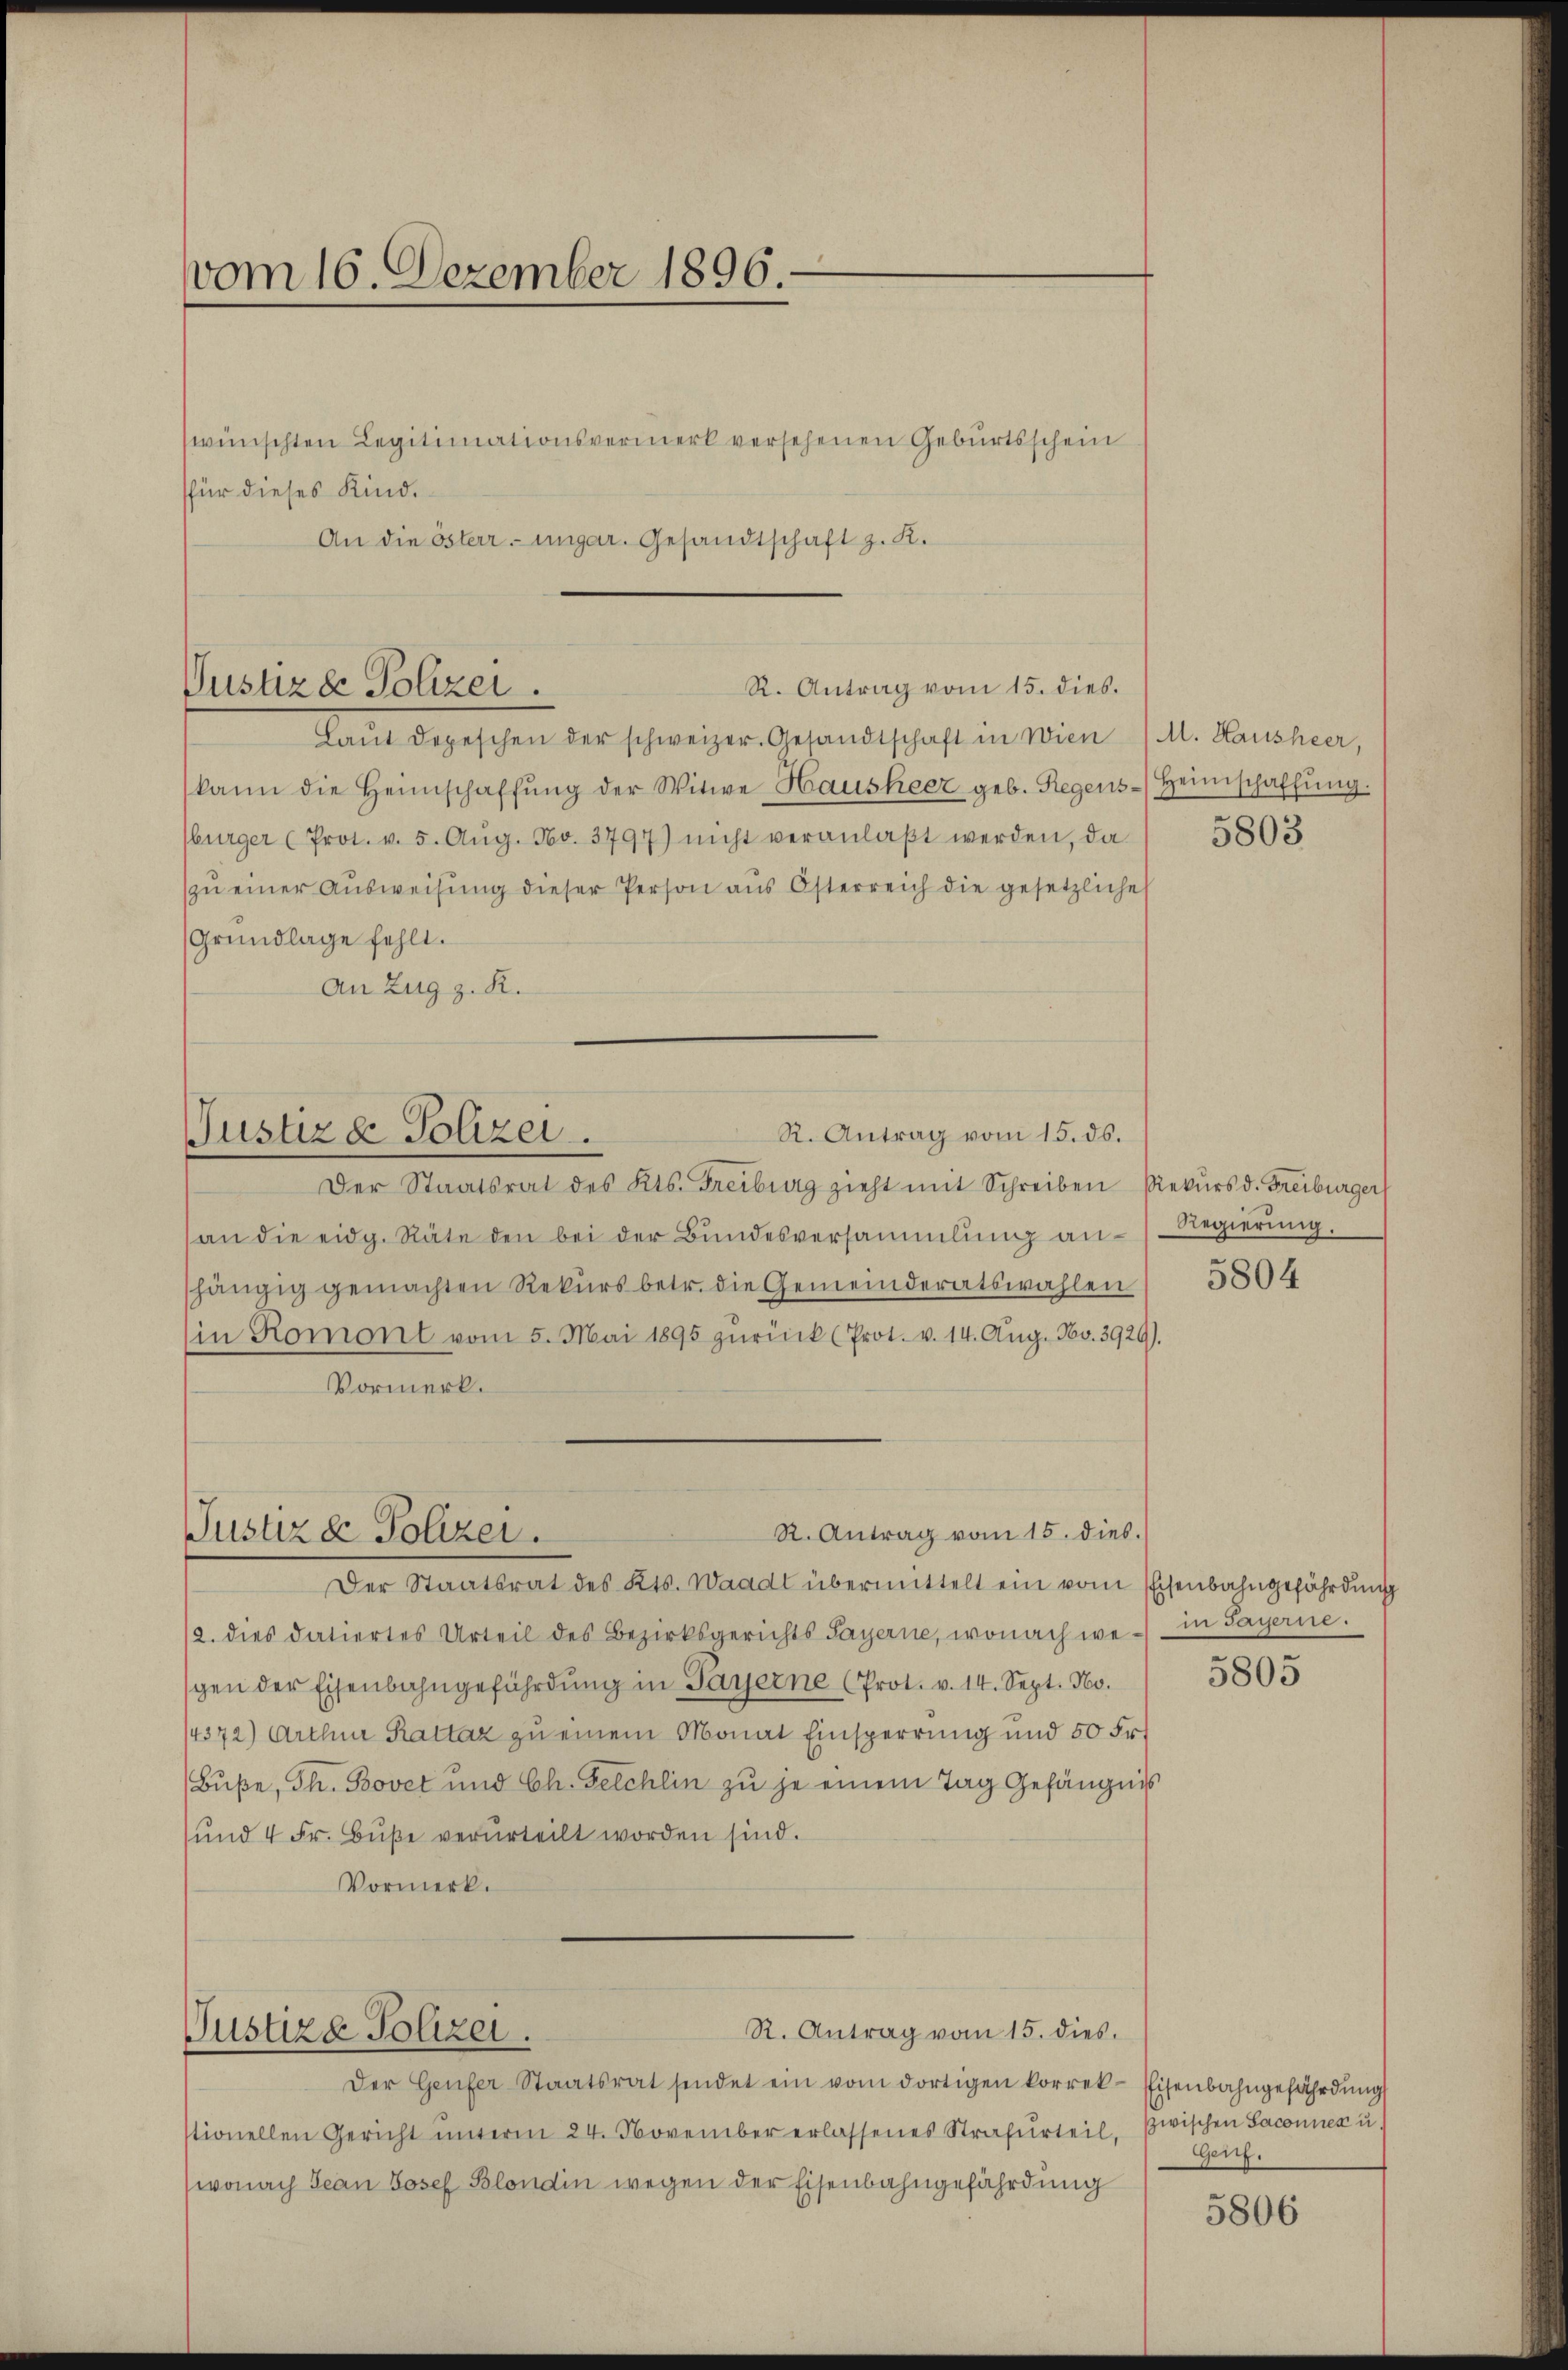
vom 16. Dezember 1896.

wünschten Legitimationsvermerk versehenen Geburtsschein
für dieses Kind.
An die österr. ungar. Gesandtschaft z. K.

R. Antrag vom 15. dies.
Justizde Polizei.

Der Staatsrat des Kts. Freiburg zieht mit Schreiben Rekurs d. Freiburger
an die eidg. Räte den bei der Bŭndesversammlung an Regierung
hängig gemachten Rekurs betr. die Gemeinderatswahlen
(in Romont vom 5. Mai 1895 zŭrück (Prot. v. 14. Aŭg. No. 3929).
Vormerk.
Der Staatsrat des Kts. Waadt übermittelt ein vom Eisenbahngefährdung
12. dies datiertes Urteil des Bezirksgerichts Sayerne, wonach wein Payerne.
gen der Eisenbahngeführdŭng in Payerne (Prot. v. 14. Sept. 160.
14372) Arthur Rattaz zu einem Monat Einsperrung und 50 Fr.
(Buße, Th. Bovet und Ch. Felchlin zu je einem Tag Gefängnis
ŭnd 4 Fr. Bŭβe verurteilt worden sind.
Vormerk.

R. Antrag vom 15. ds.
Justiz & Polizei.

Laŭt depeschen der schweizer. Gesandtschaft in wien (M. Hausheer,
(kann die Heimschaffŭng der Witwe Hausheer geb. Regens-Heimschaffŭng.
bürger (Prot. v. 5. Aŭg. No. 3797) nicht veranlaβt werden, da
zŭ einer Aŭsweisŭng dieser Person aŭs Österreich die gesetzliche
Grundlage fehlt.
An Zug z. R.

R. Antrag vom 15. dies.
Justiz & Polizei.

Justizd Polizei.

R. Antrag vom 15. dies

Der Genfer Staatsrat sendet ein vom dortigen korrek-Eisenbahngefährdung
stionellen Gericht ŭnterm 24. November erlassenes Strafurteil,
wonach Jean Josef Blondin wegen der Eisenbahngefährdung

5803

5804

5805

zwischen Saconnen u.
Genf.

5806